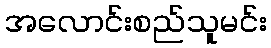
အလောင်းစည်သူမင်း